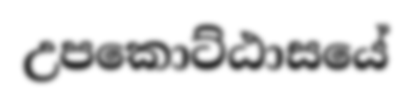
උපකොට්ඨාසයේ